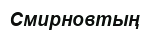
Смирновтың